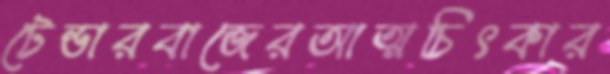
টেন্ডারবাজেরআত্মচিৎকার